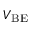
V _ { \mathrm { B E } }